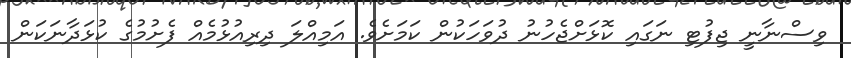
ވިސްނާނީ ޖިފުޓި ނަގައި ކޮޅަށްޖެހުނު ދުވަހަކުން ކަމަށެވެ. އަމިއްލަ ދިރިއުޅުމެއް ފެށުމުގެ ކުޅަދާނަކަން